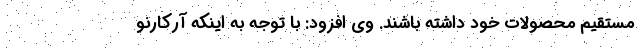
مستقیم محصولات خود داشته باشند. وی افزود: با توجه به اینکه آرکارنو